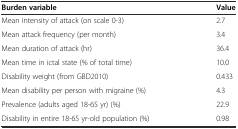
| Burden variable | Value |
 | --- | --- |
 | Mean intensity of attack (on scale 0-3) | 2.7 |
 | Mean attack frequency (per month) | 3.4 |
 | Mean duration of attack (hr) | 36.4 |
 | Mean time in ictal state (% of total time) | 10.0 |
 | Disability weight (from GBD2010) | 0.433 |
 | Mean disability per person with migraine (%) | 4.3 |
 | Prevalence (adults aged 18-65 yr) (%) | 22.9 |
 | Disability in entire 18-65 yr-old population (%) | 0.98 |